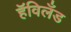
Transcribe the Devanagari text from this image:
हॅविलँड